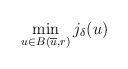
LaTeX: \begin{align*} \min_{u \in B(\overline{u} ,r)} j_\delta (u) \end{align*}